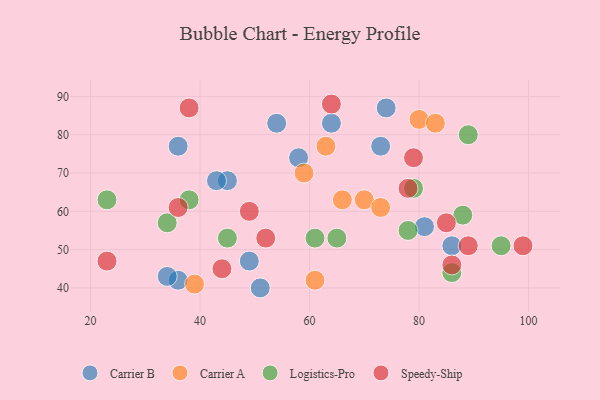
{"axis": {"x": "GDP", "y": "Life Expectancy"}, "legend": ["Carrier A", "Carrier B", "Logistics-Pro", "Speedy-Ship"], "data": [{"x": "36", "y": 77, "type": "Carrier B"}, {"x": "81", "y": 56, "type": "Carrier B"}, {"x": "54", "y": 83, "type": "Carrier B"}, {"x": "58", "y": 74, "type": "Carrier B"}, {"x": "73", "y": 77, "type": "Carrier B"}, {"x": "74", "y": 87, "type": "Carrier B"}, {"x": "36", "y": 42, "type": "Carrier B"}, {"x": "64", "y": 83, "type": "Carrier B"}, {"x": "86", "y": 51, "type": "Carrier B"}, {"x": "51", "y": 40, "type": "Carrier B"}, {"x": "45", "y": 68, "type": "Carrier B"}, {"x": "49", "y": 47, "type": "Carrier B"}, {"x": "34", "y": 43, "type": "Carrier B"}, {"x": "43", "y": 68, "type": "Carrier B"}, {"x": "70", "y": 63, "type": "Carrier A"}, {"x": "39", "y": 41, "type": "Carrier A"}, {"x": "80", "y": 84, "type": "Carrier A"}, {"x": "59", "y": 70, "type": "Carrier A"}, {"x": "83", "y": 83, "type": "Carrier A"}, {"x": "63", "y": 77, "type": "Carrier A"}, {"x": "66", "y": 63, "type": "Carrier A"}, {"x": "73", "y": 61, "type": "Carrier A"}, {"x": "61", "y": 42, "type": "Carrier A"}, {"x": "45", "y": 53, "type": "Logistics-Pro"}, {"x": "79", "y": 66, "type": "Logistics-Pro"}, {"x": "88", "y": 59, "type": "Logistics-Pro"}, {"x": "23", "y": 63, "type": "Logistics-Pro"}, {"x": "86", "y": 44, "type": "Logistics-Pro"}, {"x": "89", "y": 80, "type": "Logistics-Pro"}, {"x": "65", "y": 53, "type": "Logistics-Pro"}, {"x": "34", "y": 57, "type": "Logistics-Pro"}, {"x": "61", "y": 53, "type": "Logistics-Pro"}, {"x": "95", "y": 51, "type": "Logistics-Pro"}, {"x": "78", "y": 55, "type": "Logistics-Pro"}, {"x": "38", "y": 63, "type": "Logistics-Pro"}, {"x": "86", "y": 46, "type": "Speedy-Ship"}, {"x": "52", "y": 53, "type": "Speedy-Ship"}, {"x": "38", "y": 87, "type": "Speedy-Ship"}, {"x": "78", "y": 66, "type": "Speedy-Ship"}, {"x": "85", "y": 57, "type": "Speedy-Ship"}, {"x": "99", "y": 51, "type": "Speedy-Ship"}, {"x": "36", "y": 61, "type": "Speedy-Ship"}, {"x": "89", "y": 51, "type": "Speedy-Ship"}, {"x": "23", "y": 47, "type": "Speedy-Ship"}, {"x": "44", "y": 45, "type": "Speedy-Ship"}, {"x": "49", "y": 60, "type": "Speedy-Ship"}, {"x": "64", "y": 88, "type": "Speedy-Ship"}, {"x": "79", "y": 74, "type": "Speedy-Ship"}]}